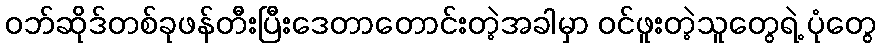
ဝဘ်ဆိုဒ်တစ်ခုဖန်တီးပြီးဒေတာတောင်းတဲ့အခါမှာ ဝင်ဖူးတဲ့သူတွေရဲ့ ပုံတွေ